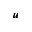
\pmb { u }